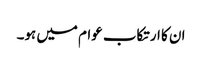
ان کا ارتکاب عوام میں ہو۔